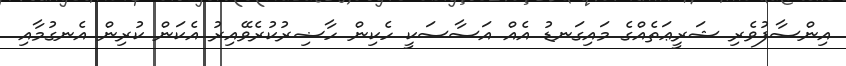
އިންސާފުވެރި ޝަރީޢަތެއްގެ މައިގަނޑު އެއް އަސާސަކީ ހެކިން ހާޟިރުކުރެވޭއިރު އެކަން ކުރިން އެނގުމާއި